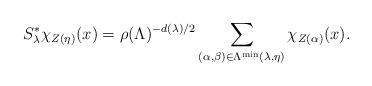
LaTeX: \begin{align*}S_\lambda^*\chi_{Z(\eta)}(x)=\rho(\Lambda)^{-d(\lambda)/2}\sum_{(\alpha,\beta)\in \Lambda^{\operatorname{min}}(\lambda,\eta)}\chi_{Z(\alpha)}(x).\end{align*}